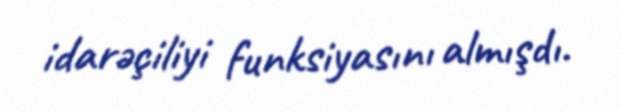
idarəçiliyi funksiyasını almışdı.